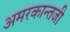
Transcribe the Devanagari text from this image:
अमरकान्तजी